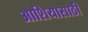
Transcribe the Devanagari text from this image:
आशियासाठी